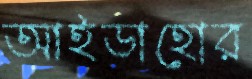
আইডাহোর